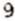
9